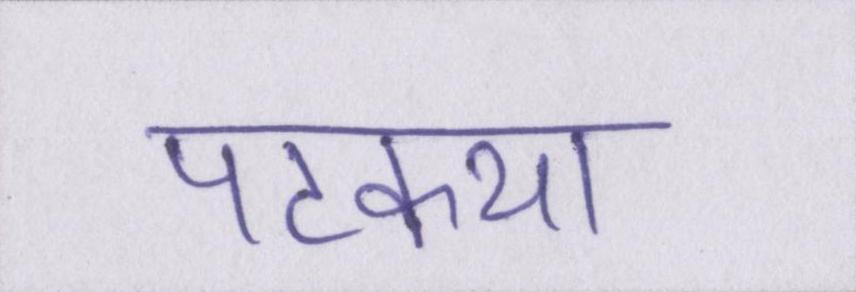
पटकथा